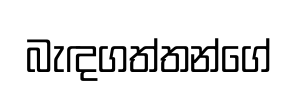
බැඳගත්තන්ගේ